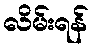
လိမ်းရန်